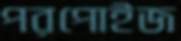
পরপোইজ